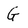
Character: G